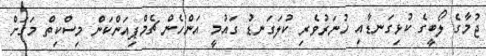
ޖުމާގެ ލޯބީގެ ކުޅިގަނޑާއި ހުނަރުވެރި ކުލަގަނޑު ގައުމީ އަންހެން ޗެމްޕިއަންކަން މިސްކިތް މަގަށް